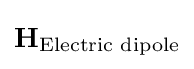
\mathbf {H} _{\text{Electric dipole}}